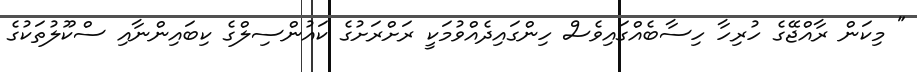
" މިކަން ރާއްޖޭގެ ހުރިހާ ހިސާބެއްގައިވެސް ހިންގައިދެއްވުމަކީ ރަށްރަށުގެ ކައުންސިލްގެ ކިބައިންނާއި ސްކޫލުތަކުގެ